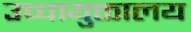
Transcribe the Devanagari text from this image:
उच्चायुक्तालय